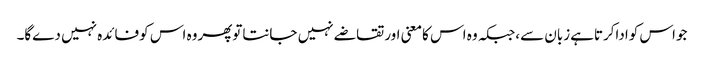
جواس کواداکرتاہےزبان سے،جبکہ وہ اس کامعنی اورتقاضے نہیں جانتاتوپھروہ اس کوفائدہ نہیں دےگا۔